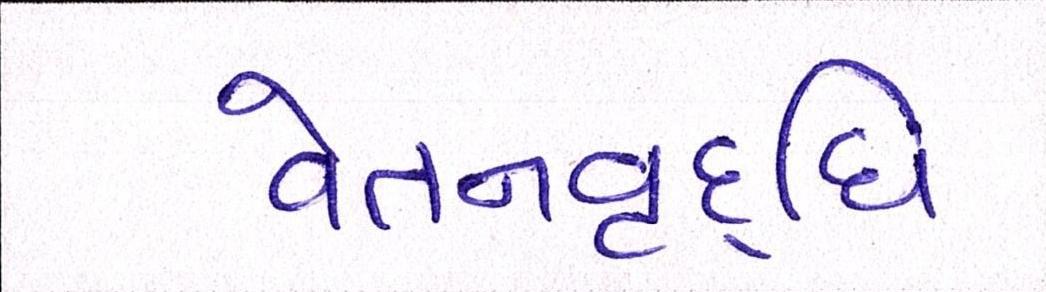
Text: વેતનવૃદ્ધિ